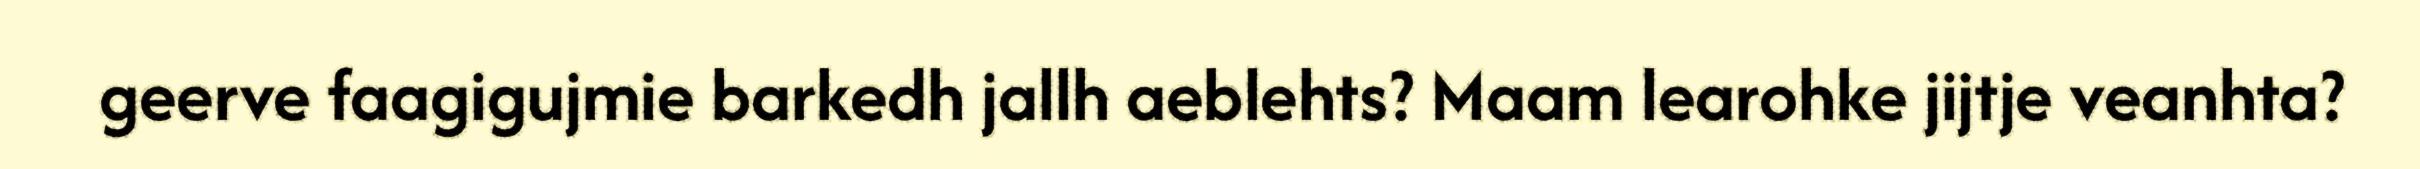
geerve faagigujmie barkedh jallh aeblehts? Maam learohke jijtje veanhta?